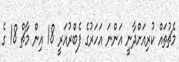
މެޗުތައް ކުރިއަށްދާނީ އަންނަ އަހަރުގެ ފެބްރުއަރީ 18 އިން މާޗް 18 ގެ